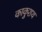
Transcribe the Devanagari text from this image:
काकुशथ